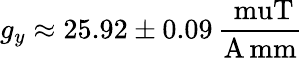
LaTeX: g_{y}\approx 25.92\pm 0.09\, \frac{\mathrm{\ muT}}{{\mathrm{A\, mm}}}